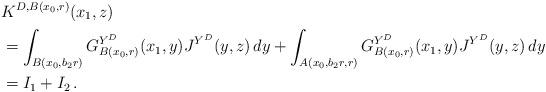
LaTeX: \begin{align*}&K^{D,B(x_0,r)}(x_1,z)\\&=\int_{B(x_0,b_2 r)}G^{Y^D}_{B(x_0,r)}(x_1,y)J^{Y^D}(y,z)\, dy+\int_{A(x_0,b_2 r,r)}G^{Y^D}_{B(x_0,r)}(x_1,y)J^{Y^D}(y,z)\, dy\\&=I_1+I_2\, .\end{align*}